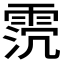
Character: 𩂸